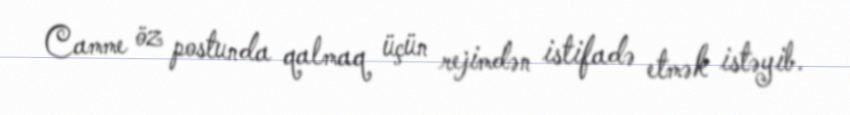
Camme öz postunda qalmaq üçün rejimdən istifadə etmək istəyib.